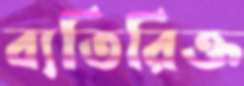
ব্যতিরিক্ত